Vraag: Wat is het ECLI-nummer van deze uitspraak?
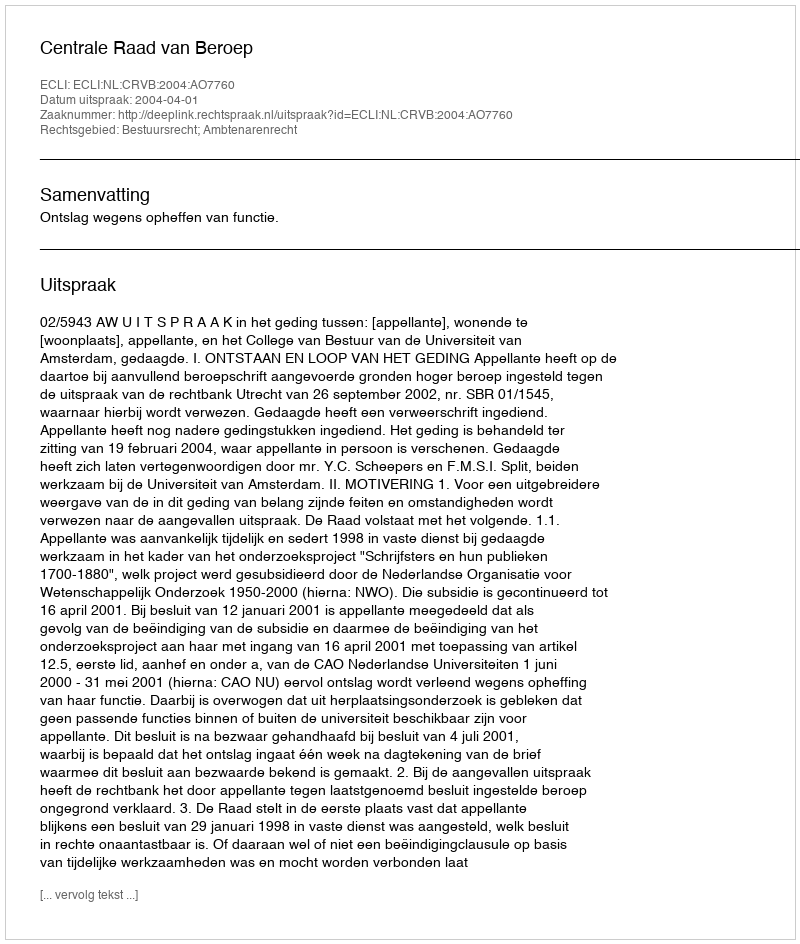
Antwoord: ECLI:NL:CRVB:2004:AO7760